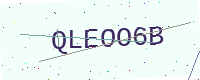
Text: QLEOO6B